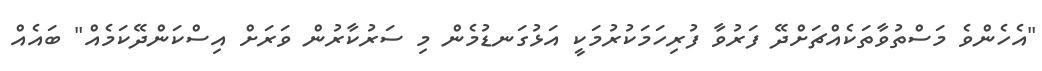
"އެހެންވެ މަސްތުވާތަކެއްޗަށްދޭ ފަރުވާ ފުރިހަމަކުރުމަކީ އަޅުގަނޑުމެން މި ސަރުކާރުން ވަރަށް އިސްކަންދޭކަމެއް" ބައެެއް